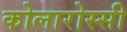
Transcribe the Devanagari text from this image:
कोलारोस्सी